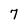
Character: 7